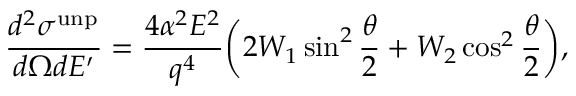
\frac { d ^ { 2 } \sigma ^ { \mathrm { u n p } } } { d \Omega d E ^ { \prime } } = \frac { 4 \alpha ^ { 2 } E ^ { 2 } } { q ^ { 4 } } \bigg ( 2 W _ { 1 } \sin ^ { 2 } \frac { \theta } { 2 } + W _ { 2 } \cos ^ { 2 } \frac { \theta } { 2 } \bigg ) ,